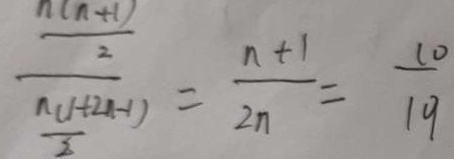
\frac { \frac { n ( n + 1 ) } { 2 } } { \frac { n ( 1 + 2 n - 1 ) } { 2 } } = \frac { n + 1 } { 2 n } = \frac { 1 0 } { 1 9 }